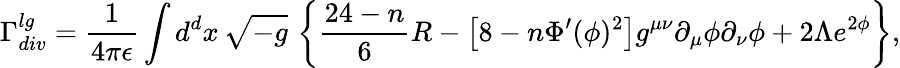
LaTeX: \Gamma_{div}^{lg}=\frac{1}{4\pi\epsilon}\int d^{d}x\, \sqrt{-g}\, \left\{ \frac{24-n}{6}R-\left[8-n\Phi^{\prime}(\phi)^{2}\right]g^{\mu\nu}\partial_{\mu}\phi\partial_{\nu}\phi+2\Lambda e^{2\phi}\right\} ,